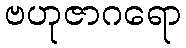
ဗဟုဇာဂရော